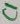
Text: C1